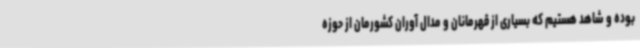
بوده و شاهد هستیم که بسیاری از قهرمانان و مدال آوران کشورمان از حوزه